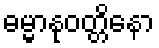
ဓမ္မာနုဝတ္တိနော